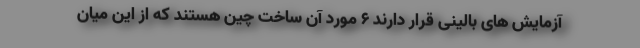
آزمایش های بالینی قرار دارند ۶ مورد آن ساخت چین هستند که از این میان